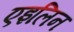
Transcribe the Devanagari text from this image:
एइलिन